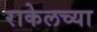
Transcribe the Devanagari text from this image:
राकेलच्या